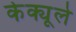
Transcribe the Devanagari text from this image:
केक्यूले